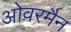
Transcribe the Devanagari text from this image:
ओवरमैन